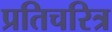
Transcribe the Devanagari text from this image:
प्रतिचरित्र